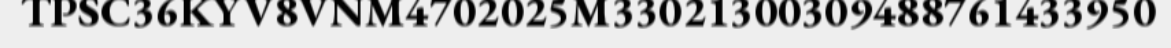
TPSC36KYV8VNM4702025M33021300309488761433950